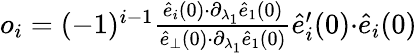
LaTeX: \begin{array}{r}{o_{i}=(-1)^{i-1}\frac{\hat{e}_{i}(0){\cdot}\partial_{\lambda_{1}}\hat{e}_{1}(0)}{\hat{e}_{\perp}(0){\cdot}\partial_{\lambda_{1}}\hat{e}_{1}(0)}\hat{e}_{i}^{\prime}(0){\cdot}\hat{e}_{i}(0)}\end{array}